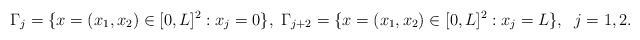
\begin{align*}\Gamma_j=\{ x=(x_1,x_2) \in [0,L]^2: x_j=0\},\;\Gamma_{j+2}=\{ x=(x_1,x_2) \in [0,L]^2: x_j=L\},\;\; j=1,2.\end{align*}